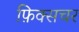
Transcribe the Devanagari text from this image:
फ़िक्सचर